Report of the Municipal Commissioner on the plague in Bombay for the year ending 31st May... - Volume 3
Disease focus: Plague
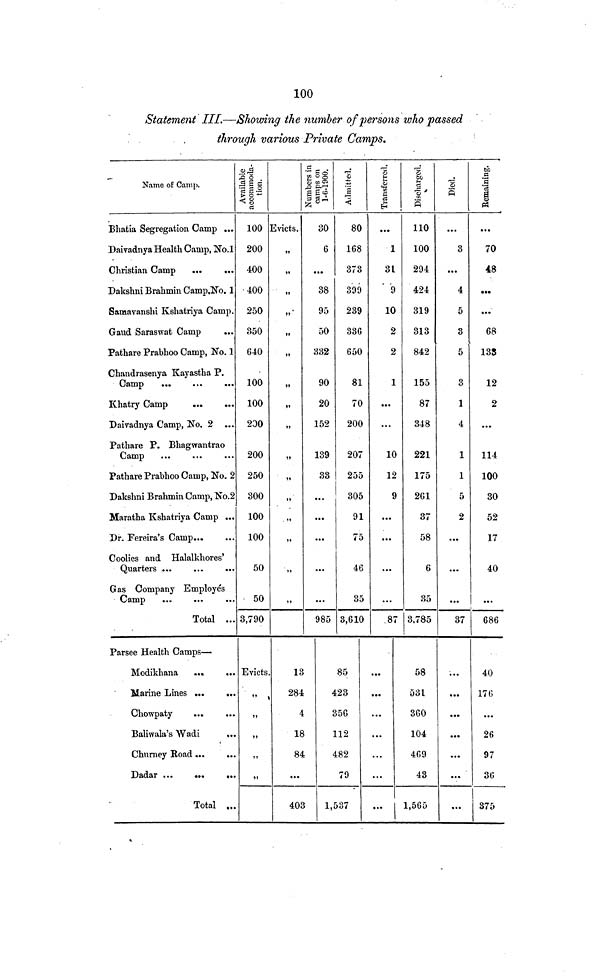
100
Statement III.—Showing the number of persons who passed
through various Private Camps.
Name of Camp.
Bhatia Segregation Camp ...
Daivadnya Health Camp, No.l
Christian Camp
...
...
Dakshni Brahmin Camp.No. 1
Samavanshi Kshatriya Camp.
Gaud Saraswat Camp
Pathare Prabhoo Camp, No. 1
Chandrasenya Kayastha P.
Camp
...
Khatry Camp
...
...
Daivadnya Camp, No. 2 ...
Pathare P. Bhagwantrao
Camp
Pathare Prabhoo Camp, No. 2
Dakshni Brahmin Camp, No.2
Maratha Kshatriya Camp ...
Dr. Fereira's Camp
Coolies and Halalkhores'
Quarters ...
...
...
Gas Company Employés
Camp
Total ...
Available
accommoda-
tion.
100
200
400
400
250
850
640
100
100
200
200
250
300
100
100
50
50
3,790
Evicts.
»>
»«
M
II
II
))
»»
»1
II
II
11
II
1»
»»
11
II
o
oíd
S £3
0
6
...
38
95
50
332
90
20
152
139
33
...
...
...
...
...
985
s
<i
80
168
373
399
239
33G
650
81
70
200
207
255
305
91
75
46
35
3,610
I
ce
C
&H
...
1
3L
9
10
2
2
1
...
...
10
12
9
...
...
...
...
87
1
"o
p
110
100
294
424
319
313
842
155
87
348
221
175
261
37
58
6
85
3,785
%
S
...
3
• • •
4
5
3
5
3
1
4
1
1
5
2
...
...
...
37
Remaining.
...
70
48
• ••
...
68
138
12
2
...
114
100
30
52
17
40
...
686
Parsee Health Camps—
Modikhana
...
...
Marine Lines ...
...
Chowpaty
...
...
Baliwala's Wadi
Churney Eoad
Dadar ...
...
...
Total ...
Evicts.
ii
it
ii
ii
«i
13
284
4
18
84
...
403
85
423
356
112
482
79
1,537
...
...
...
...
...
...
...
58
531
360
104
469
43
1,565
...
...
...
...
...
...
...
40
176
...
26
97
36
375